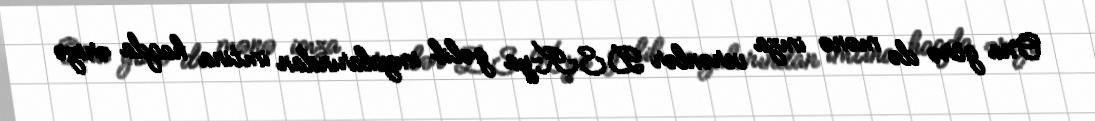
Ona görə də mənə imza verənlər DSK-ya gəlib imzalarından imtina haqda ərizə